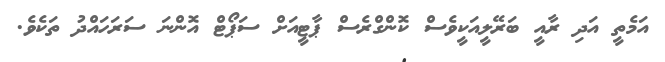
އަމެތީ އަދި ރާއީ ބަރޭލީއަކީވެސް ކޮންގްރެސް ޕާޓީއަށް ސަޕޯޓް އޮންނަ ސަރަހައްދު ތަކެވެ.